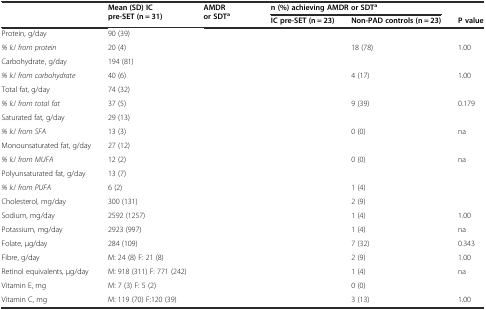
<table><thead><tr><td>[EMPTY_CELL]</td><td><b>Mean (SD) IC pre-SET (n = 31)</b></td><td><b>AMDR or SDT<sup>a</sup></b></td><td colspan="2"><b>n (%) achieving AMDR or SDT<sup>a</sup></b></td><td>[EMPTY_CELL]</td></tr><tr><td>[EMPTY_CELL]</td><td>[EMPTY_CELL]</td><td>[EMPTY_CELL]</td><td><b>IC pre-SET (n = 23)</b></td><td><b>Non-PAD controls (n = 23)</b></td><td><b>P value</b></td></tr></thead><tbody><tr><td>Protein, g/day</td><td>90 (39)</td><td>[EMPTY_CELL]</td><td>[EMPTY_CELL]</td><td>[EMPTY_CELL]</td><td>[EMPTY_CELL]</td></tr><tr><td><i>% kJ from protein</i></td><td>20 (4)</td><td>[EMPTY_CELL]</td><td>[EMPTY_CELL]</td><td>18 (78)</td><td>1.00</td></tr><tr><td>Carbohydrate, g/day</td><td>194 (81)</td><td>[EMPTY_CELL]</td><td>[EMPTY_CELL]</td><td>[EMPTY_CELL]</td><td>[EMPTY_CELL]</td></tr><tr><td><i>% kJ from carbohydrate</i></td><td>40 (6)</td><td>[EMPTY_CELL]</td><td>[EMPTY_CELL]</td><td>4 (17)</td><td>1.00</td></tr><tr><td>Total fat, g/day</td><td>74 (32)</td><td>[EMPTY_CELL]</td><td>[EMPTY_CELL]</td><td>[EMPTY_CELL]</td><td>[EMPTY_CELL]</td></tr><tr><td><i>% kJ from total fat</i></td><td>37 (5)</td><td>[EMPTY_CELL]</td><td>[EMPTY_CELL]</td><td>9 (39)</td><td>0.179</td></tr><tr><td>Saturated fat, g/day</td><td>29 (13)</td><td>[EMPTY_CELL]</td><td>[EMPTY_CELL]</td><td>[EMPTY_CELL]</td><td>[EMPTY_CELL]</td></tr><tr><td><i>% kJ from SFA</i></td><td>13 (3)</td><td>[EMPTY_CELL]</td><td>[EMPTY_CELL]</td><td>0 (0)</td><td>na</td></tr><tr><td>Monounsaturated fat, g/day</td><td>27 (12)</td><td>[EMPTY_CELL]</td><td>[EMPTY_CELL]</td><td>[EMPTY_CELL]</td><td>[EMPTY_CELL]</td></tr><tr><td><i>% kJ from MUFA</i></td><td>12 (2)</td><td>[EMPTY_CELL]</td><td>[EMPTY_CELL]</td><td>0 (0)</td><td>na</td></tr><tr><td>Polyunsaturated fat, g/day</td><td>13 (7)</td><td>[EMPTY_CELL]</td><td>[EMPTY_CELL]</td><td>[EMPTY_CELL]</td><td>[EMPTY_CELL]</td></tr><tr><td><i>% kJ from PUFA</i></td><td>6 (2)</td><td>[EMPTY_CELL]</td><td>[EMPTY_CELL]</td><td>1 (4)</td><td>[EMPTY_CELL]</td></tr><tr><td>Cholesterol, mg/day</td><td>300 (131)</td><td>[EMPTY_CELL]</td><td>[EMPTY_CELL]</td><td>2 (9)</td><td>[EMPTY_CELL]</td></tr><tr><td>Sodium, mg/day</td><td>2592 (1257)</td><td>[EMPTY_CELL]</td><td>[EMPTY_CELL]</td><td>1 (4)</td><td>1.00</td></tr><tr><td>Potassium, mg/day</td><td>2923 (997)</td><td>[EMPTY_CELL]</td><td>[EMPTY_CELL]</td><td>1 (4)</td><td>na</td></tr><tr><td>Folate, μg/day</td><td>284 (109)</td><td>[EMPTY_CELL]</td><td>[EMPTY_CELL]</td><td>7 (32)</td><td>0.343</td></tr><tr><td>Fibre, g/day</td><td>M: 24 (8) F: 21 (8)</td><td>[EMPTY_CELL]</td><td>[EMPTY_CELL]</td><td>2 (9)</td><td>1.00</td></tr><tr><td>Retinol equivalents, μg/day</td><td>M: 918 (311) F: 771 (242)</td><td>[EMPTY_CELL]</td><td>[EMPTY_CELL]</td><td>1 (4)</td><td>na</td></tr><tr><td>Vitamin E, mg</td><td>M: 7 (3) F: 5 (2)</td><td>[EMPTY_CELL]</td><td>[EMPTY_CELL]</td><td>0 (0)</td><td>[EMPTY_CELL]</td></tr><tr><td>Vitamin C, mg</td><td>M: 119 (70) F:120 (39)</td><td>[EMPTY_CELL]</td><td>[EMPTY_CELL]</td><td>3 (13)</td><td>1.00</td></tr></tbody></table>